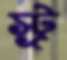
স্ট্র্